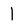
Character: 1